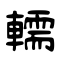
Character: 轜